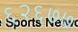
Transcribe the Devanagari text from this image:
६२६७७